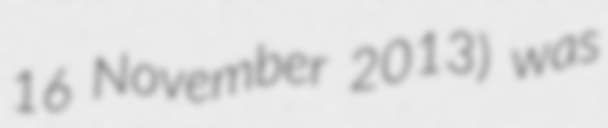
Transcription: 16 November 2013) was